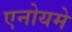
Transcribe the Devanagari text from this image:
एनोयमे